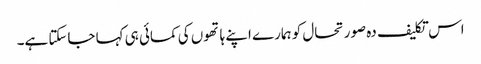
اس تکلیف دہ صورتحال کو ہمارے اپنے ہاتھوں کی کمائی ہی کہا جاسکتا ہے۔